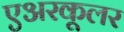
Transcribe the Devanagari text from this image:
एअरकूलर